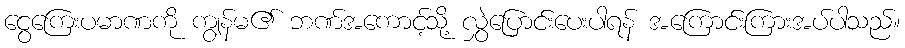
ငွေကြေးပမာဏကို ကျွန်မ၏ ဘဏ်အကောင့်သို့ လွှဲပြောင်းပေးပါရန် အကြောင်းကြားအပ်ပါသည်။